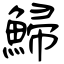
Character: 鯞